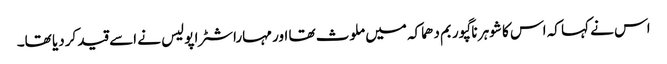
اس نے کہا کہ اس کا شوہر ناگپور بم دھماکہ میں ملوث تھا اور مہاراشٹرا پولیس نے اسے قید کردیا تھا۔